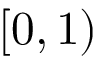
[ 0 , 1 )